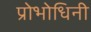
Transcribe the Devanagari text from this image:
प्रोभोधिनी